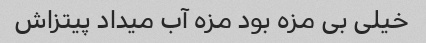
خیلی بی مزه بود مزه آب میداد پیتزاش